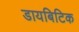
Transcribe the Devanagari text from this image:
डायबिटिक